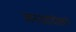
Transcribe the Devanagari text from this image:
जनआंदोलने